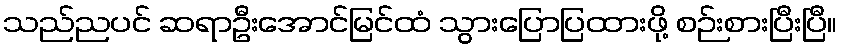
သည်ညပင် ဆရာဦးအောင်မြင်ထံ သွားပြောပြထားဖို့ စဉ်းစားပြီးပြီ။